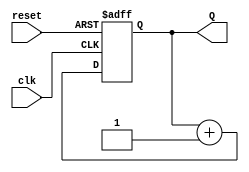
module binary_counter (
    input wire clk,        // Clock input
    input wire reset,      // Active-high reset input
    output reg [2:0] Q     // 3-bit output for count
);

// Always block triggered on the rising edge of the clock
always @(posedge clk or posedge reset) begin
    if (reset) begin
        Q <= 3'b000;      // Reset the counter to 0
    end else begin
        Q <= Q + 1;       // Increment the counter
    end
end

endmodule